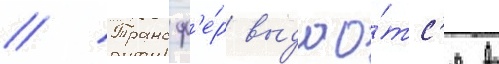
// Трансф'е́р выдао́тс'я в